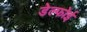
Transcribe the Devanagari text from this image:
डेल्फोई